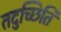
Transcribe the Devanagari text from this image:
तदुच्छिति